Report on vaccination in Madras 1877-1894 - 1877-1894
Year: 1877
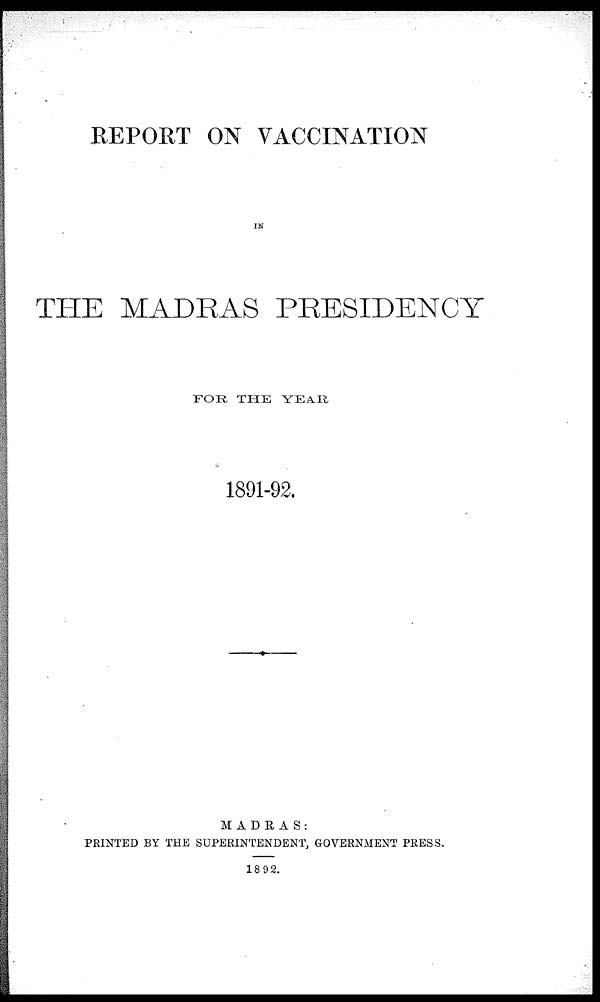
REPORT ON VACCINATION
IN
THE MADRAS PRESIDENCY
FOR THE YEAR
1891-92.
MADRAS:
PRINTED BY THE SUPERINTENDENT, GOVERNMENT PRESS.
1892.